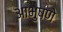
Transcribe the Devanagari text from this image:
आभुषणे